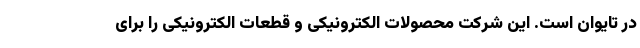
در تایوان است. این شرکت محصولات الکترونیکی و قطعات الکترونیکی را برای